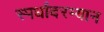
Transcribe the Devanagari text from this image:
स्पर्धांदरम्यान